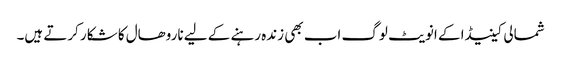
شمالی کینیڈا کے انویٹ لوگ اب بھی زندہ رہنے کے لیے ناروھال کا شکار کرتے ہیں۔